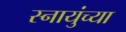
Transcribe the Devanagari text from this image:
स्नायुंच्या